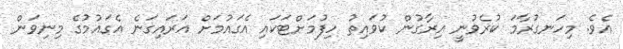
އެވެ. މިހަނގުރާމަ ކުރެވުނީ އިރާގުން ކުވައިތު ހިފުމަށްޓަކައި އެގައުމަށް އަރައިގަނެ އެގައުމުގެ މިނިވަން